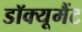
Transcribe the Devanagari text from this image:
डॉक्यूमैंट